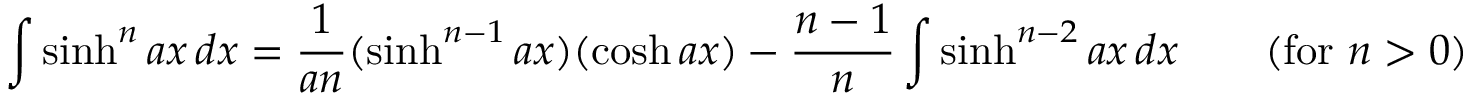
\int \sinh ^ { n } a x \, d x = { \frac { 1 } { a n } } ( \sinh ^ { n - 1 } a x ) ( \cosh a x ) - { \frac { n - 1 } { n } } \int \sinh ^ { n - 2 } a x \, d x \qquad { \mathrm { ( f o r ~ } } n > 0 { \mathrm { ) } }